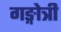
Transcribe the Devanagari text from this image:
गङ्गोत्री